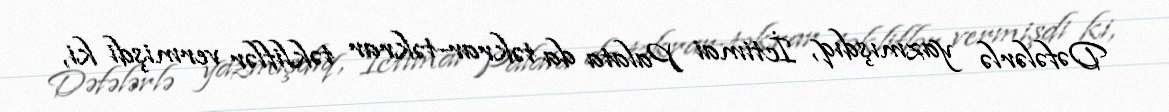
Dəfələrlə yazmışdıq, İctimai Palata da təkrar-təkrar təkliflər vermişdi ki,